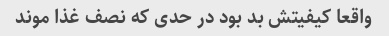
واقعا کیفیتش بد بود در حدی که نصف غذا موند